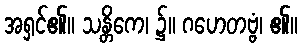
အရှင်၏။ သန္တိကေ၊ ၌။ ဂဟေတဗ္ဗံ၊ ၏။